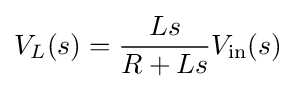
V_{L}(s)={\frac {Ls}{R+Ls}}V_{\mathrm {in} }(s)